Annual report of the Punjab Veterinary College and of the Civil Veterinary Department, Punjab - 1926-1932
Year: 1926
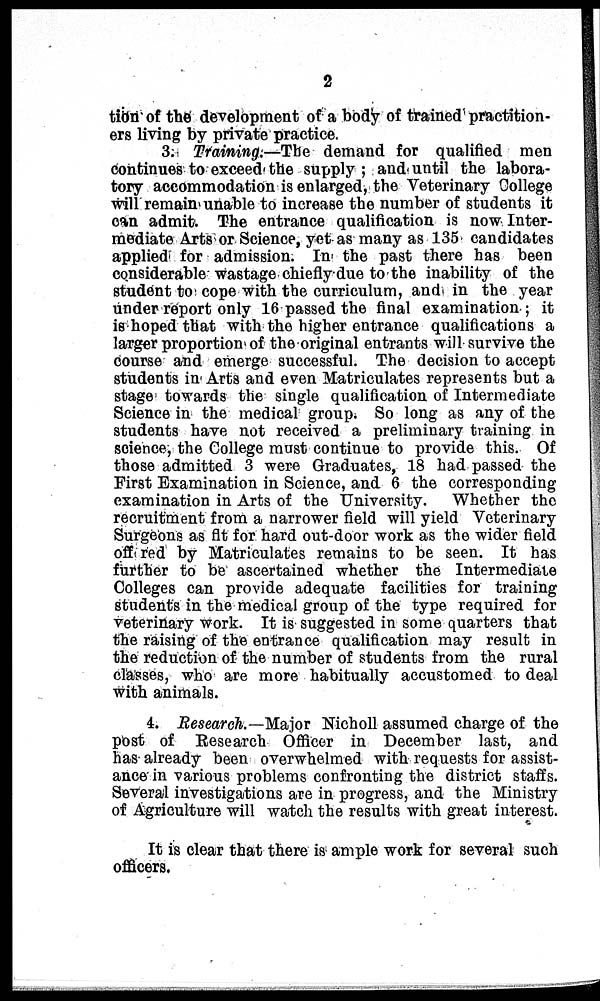
2
tion of the development of a body of trained practition-
ers living by private practice.
3. Training.—The demand for qualified men
continues to exceed the supply; and until the labora-
tory accommodation is enlarged, the Veterinary College
will remain unable to increase the number of students it
can admit. The entrance qualification is now Inter-
mediate Arts or Science, yet as many as 135 candidates
applied for admission. In the past there has been
considerable wastage chiefly due to the inability of the
student to cope with the curriculum, and in the year
under report only 16 passed the final examination; it
is hoped that with the higher entrance qualifications a
larger proportion of the original entrants will survive the
course and emerge successful. The decision to accept
students in Arts and even Matriculates represents but a
stage towards the single qualification of Intermediate
Science in the medical group. So long as any of the
students have not received a preliminary training in
science, the College must continue to provide this. Of
those admitted 3 were Graduates, 18 had passed the
First Examination in Science, and 6 the corresponding
examination in Arts of the University.
Whether the
recruitment from a narrower field will yield Veterinary
Surgeons as fit for hard out-door work as the wider field
offered by Matriculates remains to be seen. It has
further to be ascertained whether the Intermediate
Colleges can provide adequate facilities for training
students in the medical group of the type required for
veterinary work. It is suggested in some quarters that
the raising of the entrance qualification may result in
the reduction of the number of students from the rural
classes, who are more habitually accustomed to deal
with animals.
4. Research.—Major Nicholl assumed charge of the
post of Research Officer in December last, and
has already been overwhelmed with requests for assist-
ance in various problems confronting the district staffs.
Several investigations are in progress, and the Ministry
of Agriculture will watch the results with great interest.
It is clear that there is ample work for several such
officers.